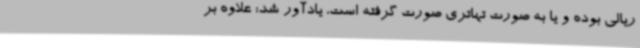
ریالی بوده و یا به صورت تهاتری صورت گرفته است، یادآور شد: علاوه بر